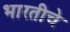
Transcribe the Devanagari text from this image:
भारतीचे